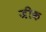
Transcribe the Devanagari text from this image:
जीक